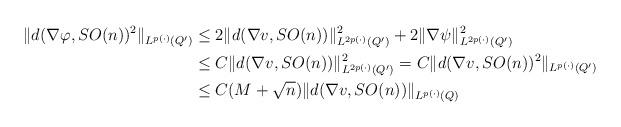
LaTeX: \begin{align*}\|d(\nabla\varphi,SO(n))^2\|_{L^{p(\cdot)}(Q')}&\le 2\|d(\nabla v,SO(n))\|_{L^{2p(\cdot)}(Q')}^2+2\|\nabla \psi\|_{L^{2p(\cdot)}(Q')}^2\\&\le C\|d(\nabla v,SO(n))\|_{L^{2p(\cdot)}(Q')}^2=C\|d(\nabla v,SO(n))^2\|_{L^{p(\cdot)}(Q')}\\&\le C(M+\sqrt{n})\|d(\nabla v,SO(n))\|_{L^{p(\cdot)}(Q)}\end{align*}